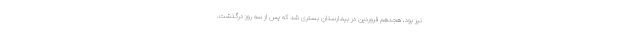
نیز بود، هجدهم فروردین در بیمارستان بستری شد که پس از سه روز درگذشت.